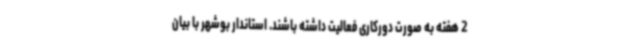
2 هفته به صورت دورکاری فعالیت داشته باشند. استاندار بوشهر با بیان